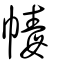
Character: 纛